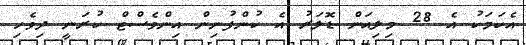
އެކަމަކު އެ 28 މިލިއަން ޑޮލަރު އެ ކުންފުނިން އިންވެސްޓް ކުރަނީ ދިވެހި